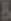
&